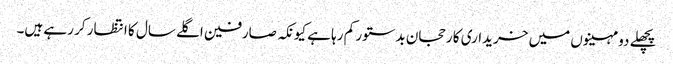
پچھلے دو مہینوں میں خریداری کا رحجان بدستور کم رہا ہے کیونکہ صارفین اگلے سال کا انتظار کر رہے ہیں۔